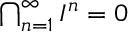
\textstyle \bigcap _ { n = 1 } ^ { \infty } I ^ { n } = 0